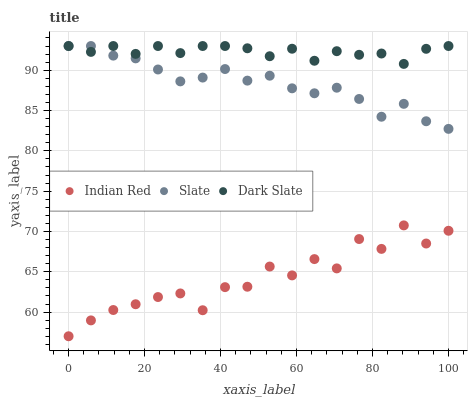
| xaxis_label | Indian Red | Slate | Dark Slate |
 | --- | --- | --- | --- |
 | 0 | 57 | 93 | 93 |
 | 5.88 | 59 | 93 | 92.3 |
 | 11.8 | 60.3 | 91.8 | 93 |
 | 17.6 | 61 | 91.5 | 92 |
 | 23.5 | 61.9 | 90.1 | 93 |
 | 29.4 | 62.3 | 88.6 | 92.1 |
 | 35.3 | 60.2 | 89.1 | 93 |
 | 41.2 | 63.1 | 90.1 | 93 |
 | 47.1 | 63.1 | 88.7 | 92.7 |
 | 52.9 | 65.6 | 89.3 | 91.7 |
 | 58.8 | 64.5 | 87.8 | 92.7 |
 | 64.7 | 66.6 | 87.1 | 91.2 |
 | 70.6 | 65.4 | 87.8 | 92.4 |
 | 76.5 | 69.1 | 86.4 | 91.9 |
 | 82.4 | 67.8 | 84.2 | 92.1 |
 | 88.2 | 70.8 | 85.8 | 90.8 |
 | 94.1 | 68.5 | 83.7 | 92.7 |
 | 100 | 70.1 | 82.7 | 93 |